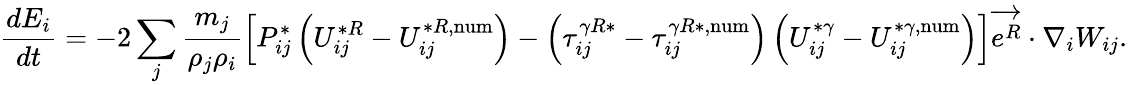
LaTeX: \frac{dE_{i}}{dt}=-2\sum_{j}\frac{m_{j}}{\rho_{j}\rho_{i}}\Bigl[P_{ij}^{*}\left(U_{ij}^{*R}-U_{ij}^{*R,\mathrm{num}}\right)-\left(\tau_{ij}^{\gamma R*}-\tau_{ij}^{\gamma R*,\mathrm{num}}\right)\left(U_{ij}^{*\gamma}-U_{ij}^{*\gamma,\mathrm{num}}\right)\Bigr]\overrightarrow{e^{R}}\cdot\nabla_{i}W_{ij}.